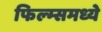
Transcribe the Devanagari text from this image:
फिल्म्समध्ये